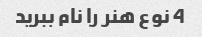
4 نوع هنر را نام ببرید